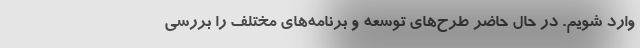
وارد شویم. در حال حاضر طرح‌های توسعه و برنامه‌های مختلف را بررسی